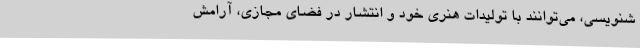
شنویسی، می‌توانند با تولیدات هنری خود و انتشار در فضای مجازی، آرامش